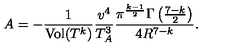
A = - \frac { 1 } { \mathrm { V o l } ( T ^ { k } ) } \frac { v ^ { 4 } } { T _ { A } ^ { 3 } } \frac { \pi ^ { \frac { k - 1 } { 2 } } \Gamma \left( \frac { 7 - k } { 2 } \right) } { 4 R ^ { 7 - k } } .